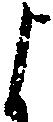
よ